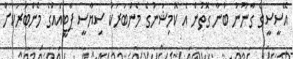
އޭސީސީގެ ގާނޫނު ބުނާ ގޮތުން އެ ކޮމިޝަނުގެ މެންބަރަކު ސިޔާސީ ޕާޓީއެއްގެ މެންބަރަކަށް